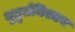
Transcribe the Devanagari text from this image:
मुहूर्तनिश्चय